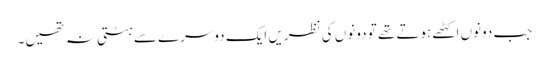
جب دونوں اکٹھے ہوتے تھے تو دونوں کی نظریں ایک دوسرے سے ہٹتی نہ تھیں۔